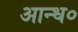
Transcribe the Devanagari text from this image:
आन्ध०